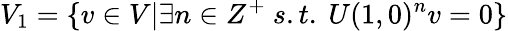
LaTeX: V_{1}=\{ v\in V|\exists n\in Z^{+}\ s.t.\ U(1,0)^{n}v=0\}